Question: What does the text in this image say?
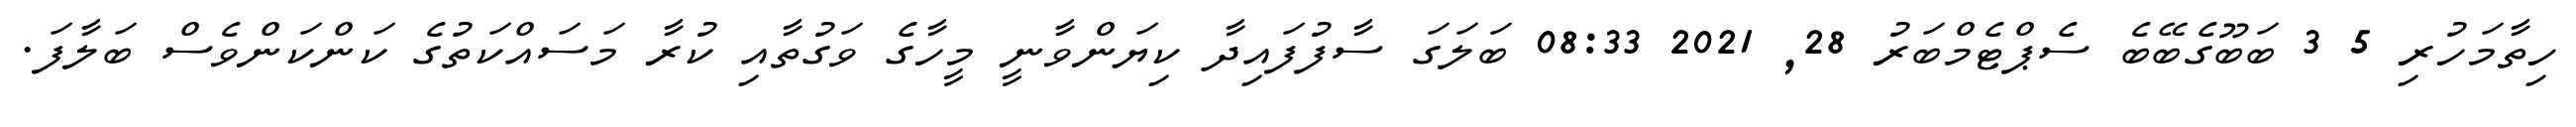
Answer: ހިތާމަހުރި 5 3 ބަބޫގެބޭބެ ސެޕްޓެމްބަރު 28, 2021 08:33 ބަލަގަ ސާފުފައިދާ ކިޔަންވާނީ މީހާގެ ވަގުތާއި ކުރާ މަސައްކަތުގެ ކަންކަންވެސް ބަލާފަ.